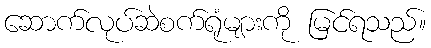
ဆောက်လုပ်ဆဲစက်ရုံများကို မြင်ရသည်။